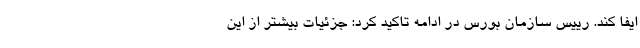
ایفا کند. رییس سازمان بورس در ادامه تاکید کرد: جزئیات بیشتر از این